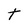
Character: t